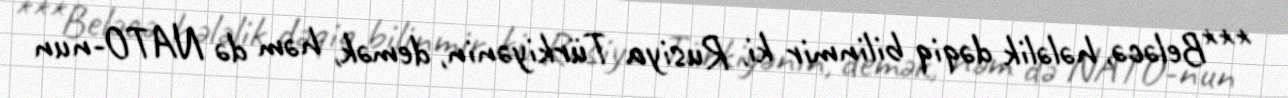
***Beləcə, hələlik dəqiq bilinmir ki, Rusiya Türkiyənin, demək, həm də NATO-nun